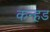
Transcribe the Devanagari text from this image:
कन्हड